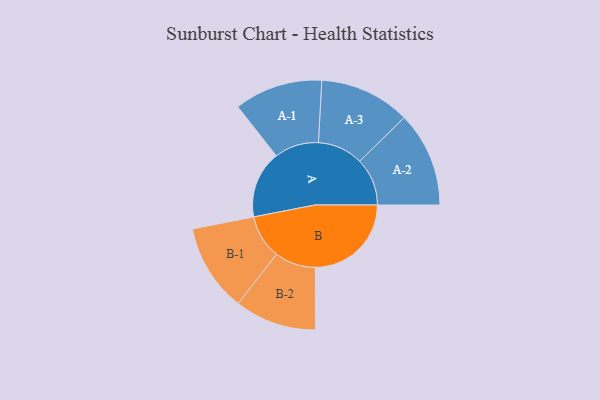
{"axis": {"x": "Segment", "y": "Value"}, "legend": ["", "A", "B"], "data": [{"x": "A", "y": 222, "type": ""}, {"x": "B", "y": 317, "type": ""}, {"x": "A-1", "y": 146, "type": "A"}, {"x": "A-2", "y": 157, "type": "A"}, {"x": "A-3", "y": 150, "type": "A"}, {"x": "B-1", "y": 145, "type": "B"}, {"x": "B-2", "y": 135, "type": "B"}]}